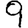
Digit: 9